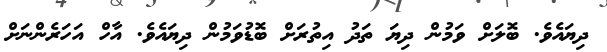
ދިޔައެވެ. ބޮލަށް ވަމުން ދިޔަ ތަދު އިތުރަށް ބޮޑުވަމުން ދިޔައެވެ. އާހް އަހަރެންނަށް